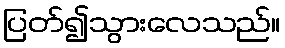
ပြတ်၍သွားလေသည်။